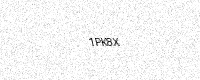
Text: 1PK8X